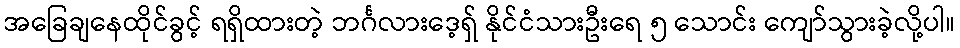
အခြေချနေထိုင်ခွင့် ရရှိထားတဲ့ ဘင်္ဂလားဒေ့ရှ် နိုင်ငံသားဦးရေ ၅ သောင်း ကျော်သွားခဲ့လို့ပါ။